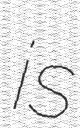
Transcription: is